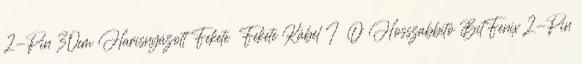
2-Pin 30cm Harisnyázott Fekete Fekete Kábel I O Hosszabbító BitFenix 2-Pin